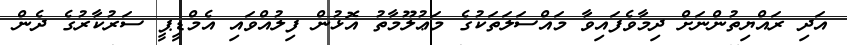
އަދި ރައްޔިތުންނަށް ދިމާވެފައިވާ މައްސަލަތަކުގެ މަޢުލޫމާތު އޮޅުން ފިލުއްވައި އެމްޑީޕީ ސަރުކާރުގެ ދެން